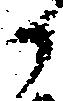
か